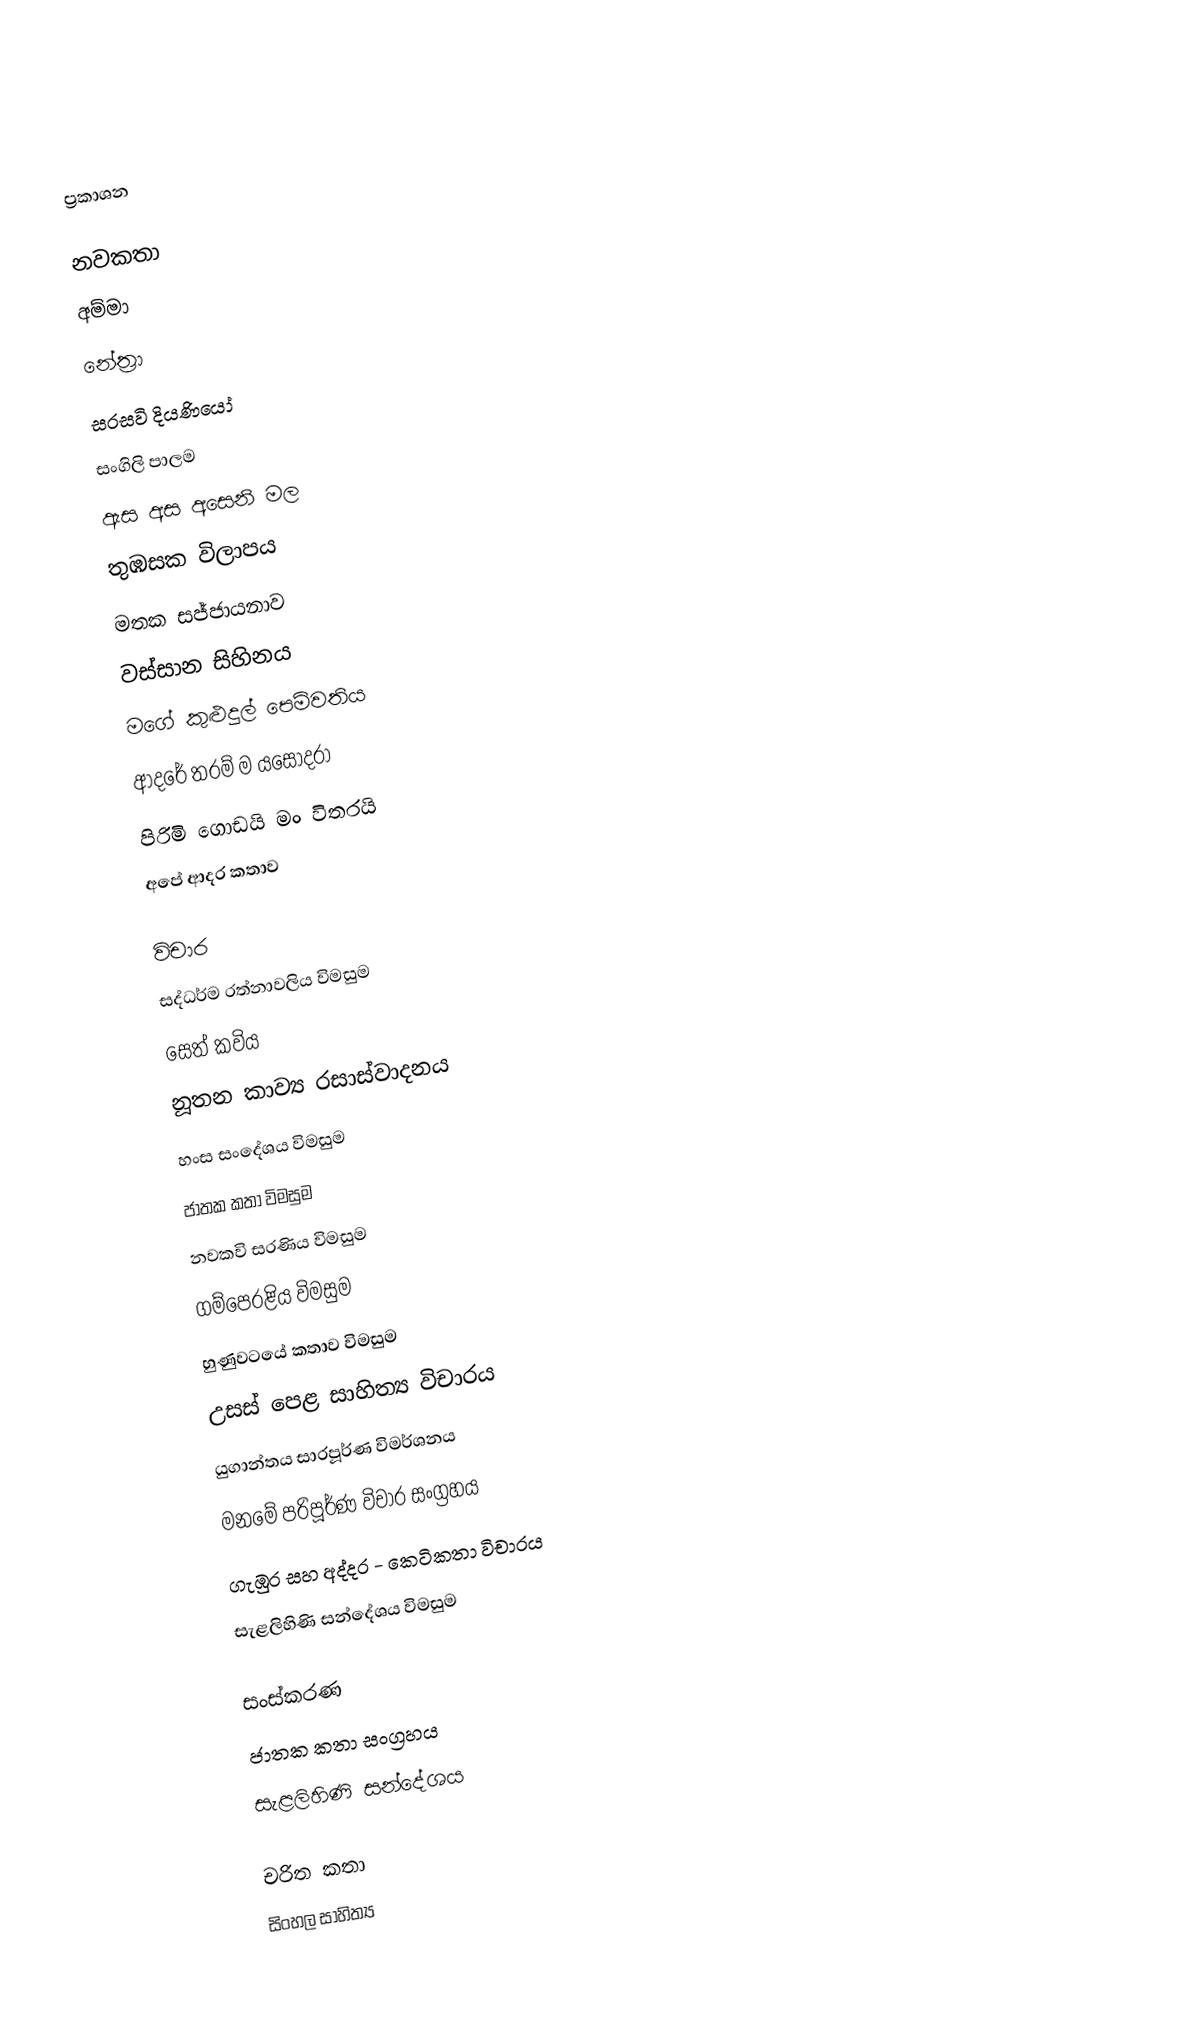

ප්‍රකාශන

නවකතා
 අම්මා
 නේත්‍රා
 සරසවි දියණියෝ
 සංගිලි පාලම
 ඇස අස අසෙනි මල
 තුඹසක විලාපය
 මතක සජ්ජායනාව
 වස්සාන සිහිනය
 මගේ කුළුදුල් පෙම්වතිය
 ආදරේ තරම් ම යසෝදරා
 පිරිමි ගොඩයි මං විතරයි
අපේ ආදර කතාව

විචාර
 සද්ධර්ම රත්නාවලිය විමසුම
 සෙත් කවිය
 නූතන කාව්‍ය රසාස්වාදනය
 හංස සංදේශය විමසුම
 ජාතක කතා විමසුම
 නවකවි සරණිය විමසුම
 ගම්පෙරළිය විමසුම
 හුණුවටයේ කතාව විමසුම
 උසස් පෙළ සාහිත්‍ය විචාරය
 යුගාන්තය සාරපූර්ණ විමර්ශනය
 මනමේ පරිපූර්ණ විචාර සංග්‍රහය
 ගැඹුර සහ අද්දර - කෙටිකතා විචාරය
 සැළලිහිණි සන්දේශය විමසුම

සංස්කරණ
 ජාතක කතා සංග්‍රහය
 සැළලිහිණි සන්දේශය

චරිත කතා
සිංහල සාහිත්‍ය